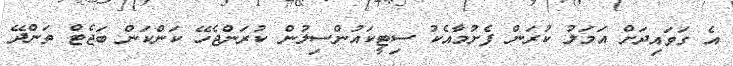
އެ ގަވައިދަށް އަމަލު ކުރަން ފެށުމާއެކު ސިޓީކައުންސިލުން ކުރަންޖެހޭ ކަންކަން ބަޖެޓް ތަންދޭ